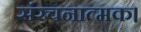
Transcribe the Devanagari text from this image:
संरचनात्मक।